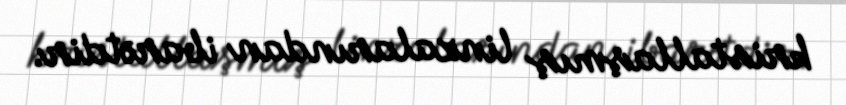
kristallaşmış linzalarından ibarətdir.